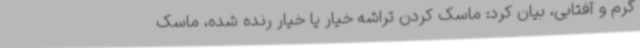
گرم و آفتابی، بیان کرد: ماسک کردن تراشه خیار یا خیار رنده شده، ماسک